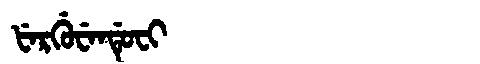
Manchu: ᡶᡝᡵᡤᡠᠸᡝᠨᡩᡠᠸᡳ
Romanization: FERGUWENDUFI